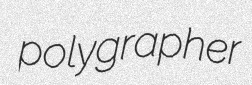
polygrapher